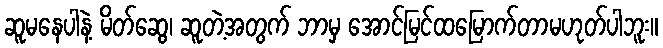
ဆူမနေပါနဲ့ မိတ်ဆွေ၊ ဆူတဲ့အတွက် ဘာမှ အောင်မြင်ထမြောက်တာမဟုတ်ပါဘူး။